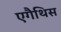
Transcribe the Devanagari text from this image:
एगैथिस